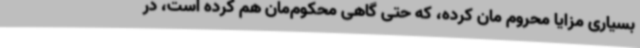
بسیاری مزایا محروم مان کرده، که حتی گاهی محکوم‌مان هم کرده است، در